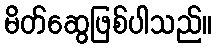
မိတ်ဆွေဖြစ်ပါသည်။